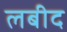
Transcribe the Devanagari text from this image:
लबीद